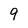
Character: 9